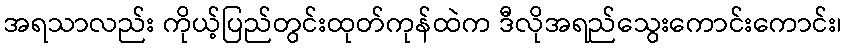
အရသာလည်း ကိုယ့်ပြည်တွင်းထုတ်ကုန်ထဲက ဒီလိုအရည်သွေးကောင်းကောင်း၊